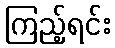
ကြည့်ရင်း